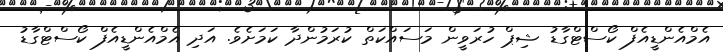
އެމްއެންޑީއެފް ކޯސްޓްގާޑު ޝިޕް ހުރަވީން މަސައްކަތް ކުރަމުންދާ ކަަމަށެވެ. އަދި އެމްއެންޑީއެފް ކޯސްޓްގާޑު